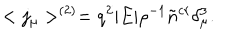
LaTeX: < j _ { \mu } > ^ { ( 2 ) } = q ^ { 2 } | E | \rho ^ { - 1 } \tilde { n } ^ { c r } \delta _ { \mu } ^ { 3 } .